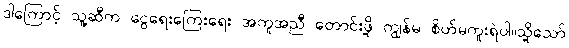
ဒါကြောင့် သူ့ဆီက ငွေရေးကြေးရေး အကူအညီ တောင်းဖို့ ကျွန်မ စိတ်မကူးရဲပါ။သို့သော်